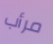
مرأب